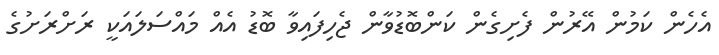
އެހެން ކަމުން އޭރުން ފެށިގެން ކަންބޮޑުވާން ޖެހިފައިވާ ބޮޑު އެއް މައްސަލައަކީ ރަށްރަށުގެ